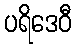
ပရိဒေဝီ